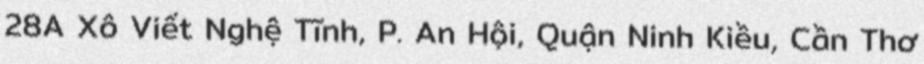
28A Xô Viết Nghệ Tĩnh, P. An Hội, Quận Ninh Kiều, Cần Thơ